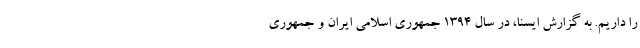
را داریم. به گزارش ایسنا، در سال ١٣٩۴ جمهوری اسلامی ایران و جمهوری